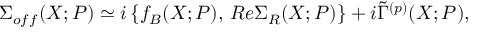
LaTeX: \Sigma _ { o f f } ( X ; P ) \simeq i \left\{ f _ { B } ( X ; P ) , \, R e \Sigma _ { R } ( X ; P ) \right\} + i \tilde { \Gamma } ^ { ( p ) } ( X ; P ) ,